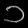
Digit: ၁